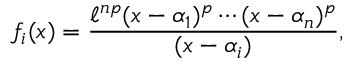
f _ { i } ( x ) = { \frac { \ell ^ { n p } ( x - \alpha _ { 1 } ) ^ { p } \cdots ( x - \alpha _ { n } ) ^ { p } } { ( x - \alpha _ { i } ) } } ,